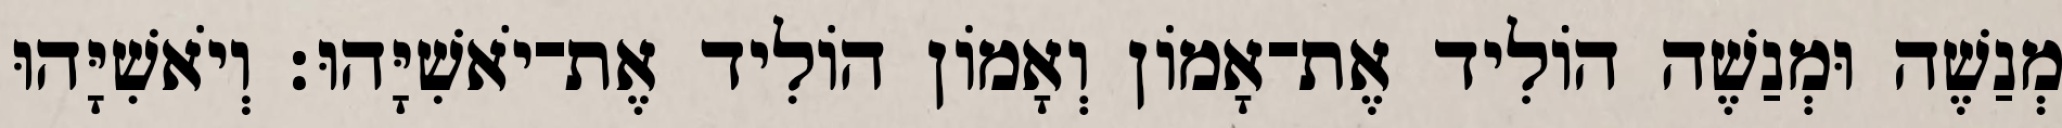
מְנַשֶׁה וּמְנַשֶׁה הוֹלִיד אֶת־אָמוֹן וְאָמוֹן הוֹלִיד אֶת־יֹאשִׁיָּהוּ׃ וְיֹאשִׁיָּהוּ